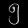
Digit: ၅